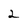
Character: 2